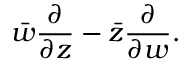
{ \bar { w } } { \frac { \partial } { \partial z } } - { \bar { z } } { \frac { \partial } { \partial w } } .